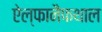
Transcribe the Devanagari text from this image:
ऐल्फानैफथाल